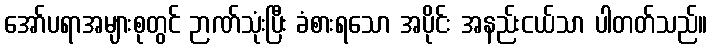
အော်ပရာအများစုတွင် ဉာဏ်သုံးပြီး ခံစားရသော အပိုင်း အနည်းငယ်သာ ပါတတ်သည်။